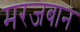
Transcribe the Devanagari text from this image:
मरजबान